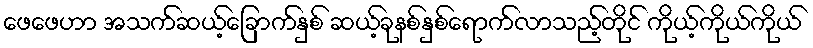
ဖေဖေဟာ အသက်ဆယ့်ခြောက်နှစ် ဆယ့်ခုနစ်နှစ်ရောက်လာသည့်တိုင် ကိုယ့်ကိုယ်ကိုယ်